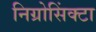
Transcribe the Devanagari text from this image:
निग्रोसिंक्टा